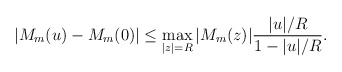
\begin{align*} \left|M_m(u) - M_m(0)\right| \leq \max_{|z|=R} |M_m(z)| \frac{|u|/R}{1-|u|/R}.\end{align*}